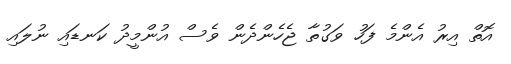
އޮތް އިރު އެންމެ ފަހު ވަގުތާ ޖެހެންދެން ވެސް އުންމީދު ކަނޑައި ނުލައި